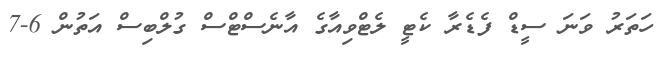
ހަތަރު ވަނަ ސީޑް ފެޑެރާ ކެޓީ ލެޓްވިއާގެ އާނެސްޓްސް ގުލްބިސް އަތުން 6-7